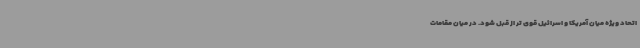
اتحاد ویژه میان آمریکا و اسرائیل قوی تر از قبل شود. در میان مقامات